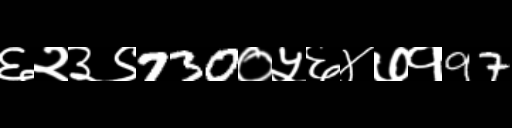
Text: ६२३९730०५६४७१97